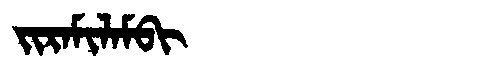
Manchu: ᠵᡳᡵᠠᠮᡳᠯᠠᠮᠪᡳ
Romanization: JIRAMILAMBI